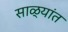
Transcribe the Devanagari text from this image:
साळ्यांत